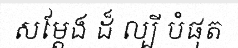
សម្តែង ដ៏ ល្បី បំផុត